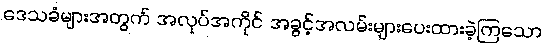
ဒေသခံများအတွက် အလုပ်အကိုင် အခွင့်အလမ်းများပေးထားခဲ့ကြသော